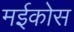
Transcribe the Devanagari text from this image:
मईकोस